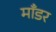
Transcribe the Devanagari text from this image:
माँडर